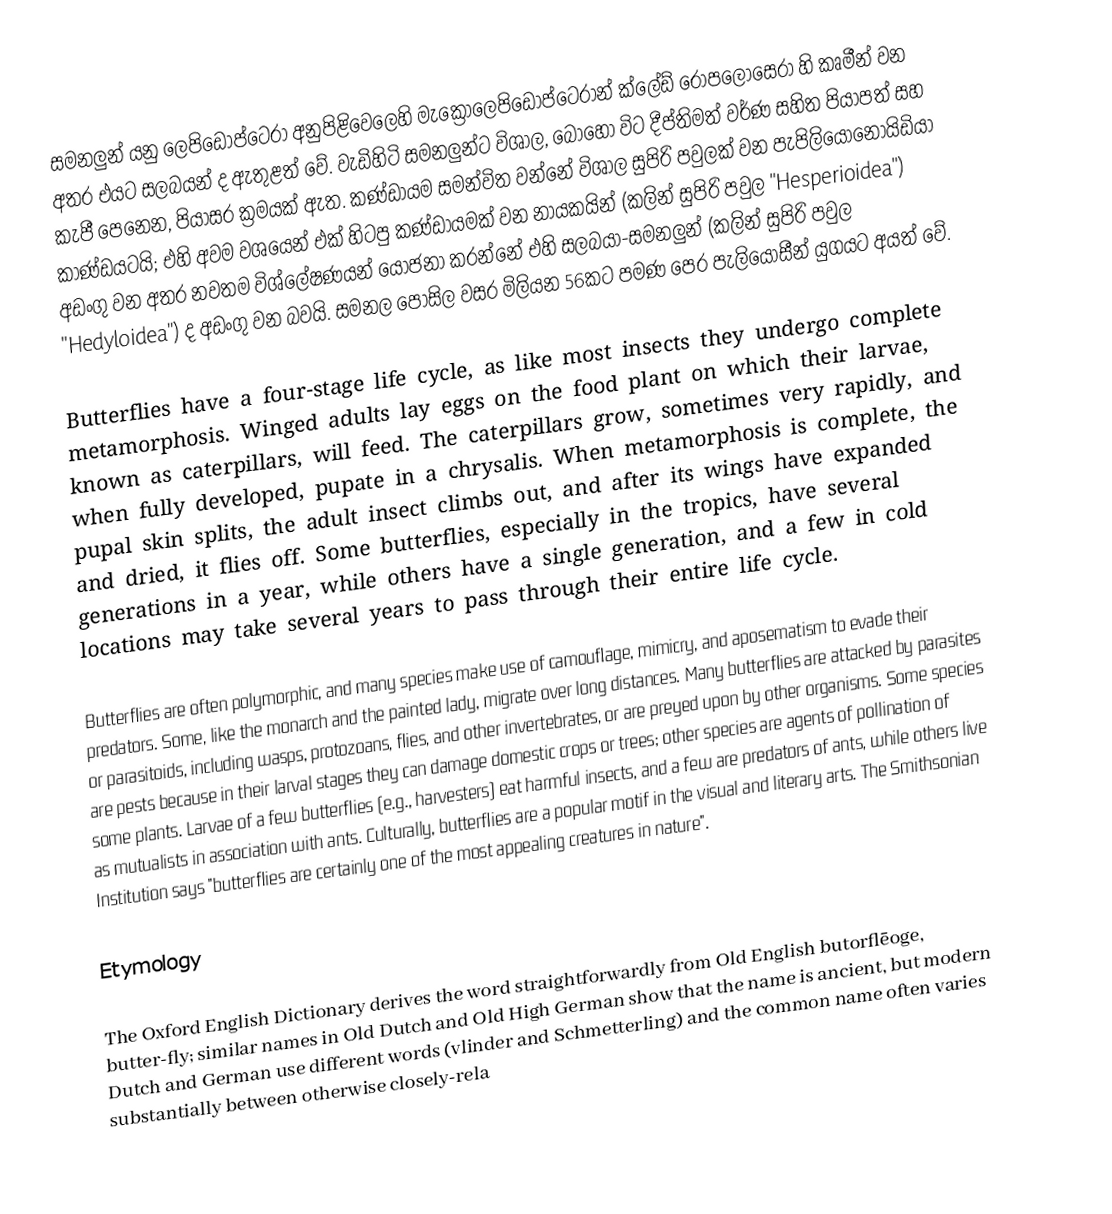
සමනලුන් යනු ලෙපිඩොප්ටෙරා අනුපිළිවෙලෙහි මැක්‍රොලෙපිඩොප්ටෙරාන් ක්ලේඩ් රොපලෝසෙරා හි කෘමීන් වන අතර එයට සලබයන් ද ඇතුළත් වේ. වැඩිහිටි සමනලුන්ට විශාල, බොහෝ විට දීප්තිමත් වර්ණ සහිත පියාපත් සහ කැපී පෙනෙන, පියාසර ක්‍රමයක් ඇත. කණ්ඩායම සමන්විත වන්නේ විශාල සුපිරි පවුලක් වන පැපිලියොනොයිඩියා කාණ්ඩයටයි; එහි අවම වශයෙන් එක් හිටපු කණ්ඩායමක් වන නායකයින් (කලින් සුපිරි පවුල "Hesperioidea") අඩංගු වන අතර නවතම විශ්ලේෂණයන් යෝජනා කරන්නේ එහි සලබයා-සමනලුන් (කලින් සුපිරි පවුල "Hedyloidea") ද අඩංගු වන බවයි. සමනල පොසිල වසර මිලියන 56කට පමණ පෙර පැලියෝසීන් යුගයට අයත් වේ.

Butterflies have a four-stage life cycle, as like most insects they undergo complete metamorphosis. Winged adults lay eggs on the food plant on which their larvae, known as caterpillars, will feed. The caterpillars grow, sometimes very rapidly, and when fully developed, pupate in a chrysalis. When metamorphosis is complete, the pupal skin splits, the adult insect climbs out, and after its wings have expanded and dried, it flies off. Some butterflies, especially in the tropics, have several generations in a year, while others have a single generation, and a few in cold locations may take several years to pass through their entire life cycle.

Butterflies are often polymorphic, and many species make use of camouflage, mimicry, and aposematism to evade their predators. Some, like the monarch and the painted lady, migrate over long distances. Many butterflies are attacked by parasites or parasitoids, including wasps, protozoans, flies, and other invertebrates, or are preyed upon by other organisms. Some species are pests because in their larval stages they can damage domestic crops or trees; other species are agents of pollination of some plants. Larvae of a few butterflies (e.g., harvesters) eat harmful insects, and a few are predators of ants, while others live as mutualists in association with ants. Culturally, butterflies are a popular motif in the  visual and literary arts. The Smithsonian Institution says "butterflies are certainly one of the most appealing creatures in nature".

Etymology

The Oxford English Dictionary derives the word straightforwardly from Old English butorflēoge, butter-fly; similar names in Old Dutch and Old High German show that the name is ancient, but modern Dutch and German use different words (vlinder and Schmetterling) and the common name often varies substantially between otherwise closely-rela